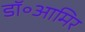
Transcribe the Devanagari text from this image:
डॉ॰आमिर